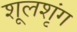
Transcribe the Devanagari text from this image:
शूलशृंग